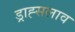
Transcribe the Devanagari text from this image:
ड्राह्सलाव